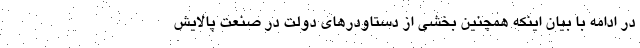
در ادامه با بیان اینکه همچنین بخشی از دستاودرهای دولت در صنعت پالایش